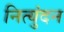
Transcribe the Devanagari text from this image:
नित्युंदन